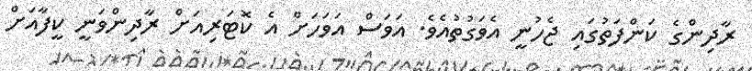
ރާދިންގެ ކަންފަތުގައި ޖެހުނީ އެވަގުތުއެވެ. އަވަސް އަވަހަށް އެ ކޮޓަރިއަށް ރާދިންވަނީ ކީފާއަށް